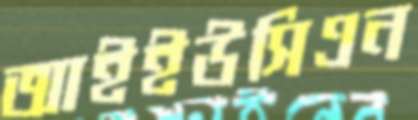
আইইউসিএন